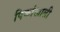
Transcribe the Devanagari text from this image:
पिकांखाली